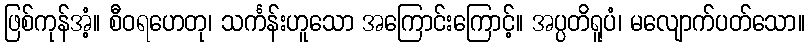
ဖြစ်ကုန်အံ့။ စီဝရဟေတု၊ သင်္ကန်းဟူသော အကြောင်းကြောင့်။ အပ္ပတိရူပံ၊ မလျောက်ပတ်သော။